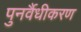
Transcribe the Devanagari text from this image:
पुनर्वैधीकरण